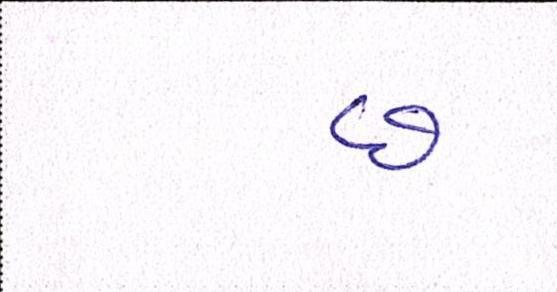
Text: છ